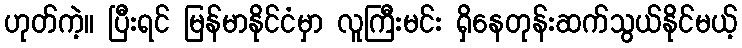
ဟုတ်ကဲ့။ ပြီးရင် မြန်မာနိုင်ငံမှာ လူကြီးမင်း ရှိနေတုန်းဆက်သွယ်နိုင်မယ့်